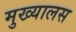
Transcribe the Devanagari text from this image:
मुख्यालस